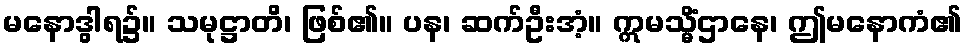
မနောဒွါရ၌။ သမုဋ္ဌာတိ၊ ဖြစ်၏။ ပန၊ ဆက်ဦးအံ့။ ဣမသ္မိံဌာနေ၊ ဤမနောကံ၏